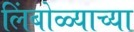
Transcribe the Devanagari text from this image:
लिंबोळ्याच्या